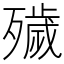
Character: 𣩪